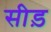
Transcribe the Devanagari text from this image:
सीड़